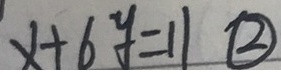
x + 6 y = 1 1 \textcircled { 2 }